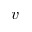
v